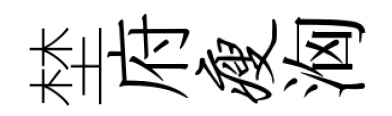
埜府瘦洶